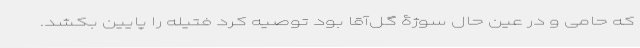
که حامی و در عین حال سوژۀ گل‌آقا بود توصیه کرد فتیله را پایین بکشد.